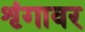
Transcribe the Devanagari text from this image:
शृंगावर